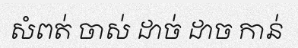
សំពត់ ចាស់ ដាច់ ដាច កាន់